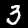
Digit: 3